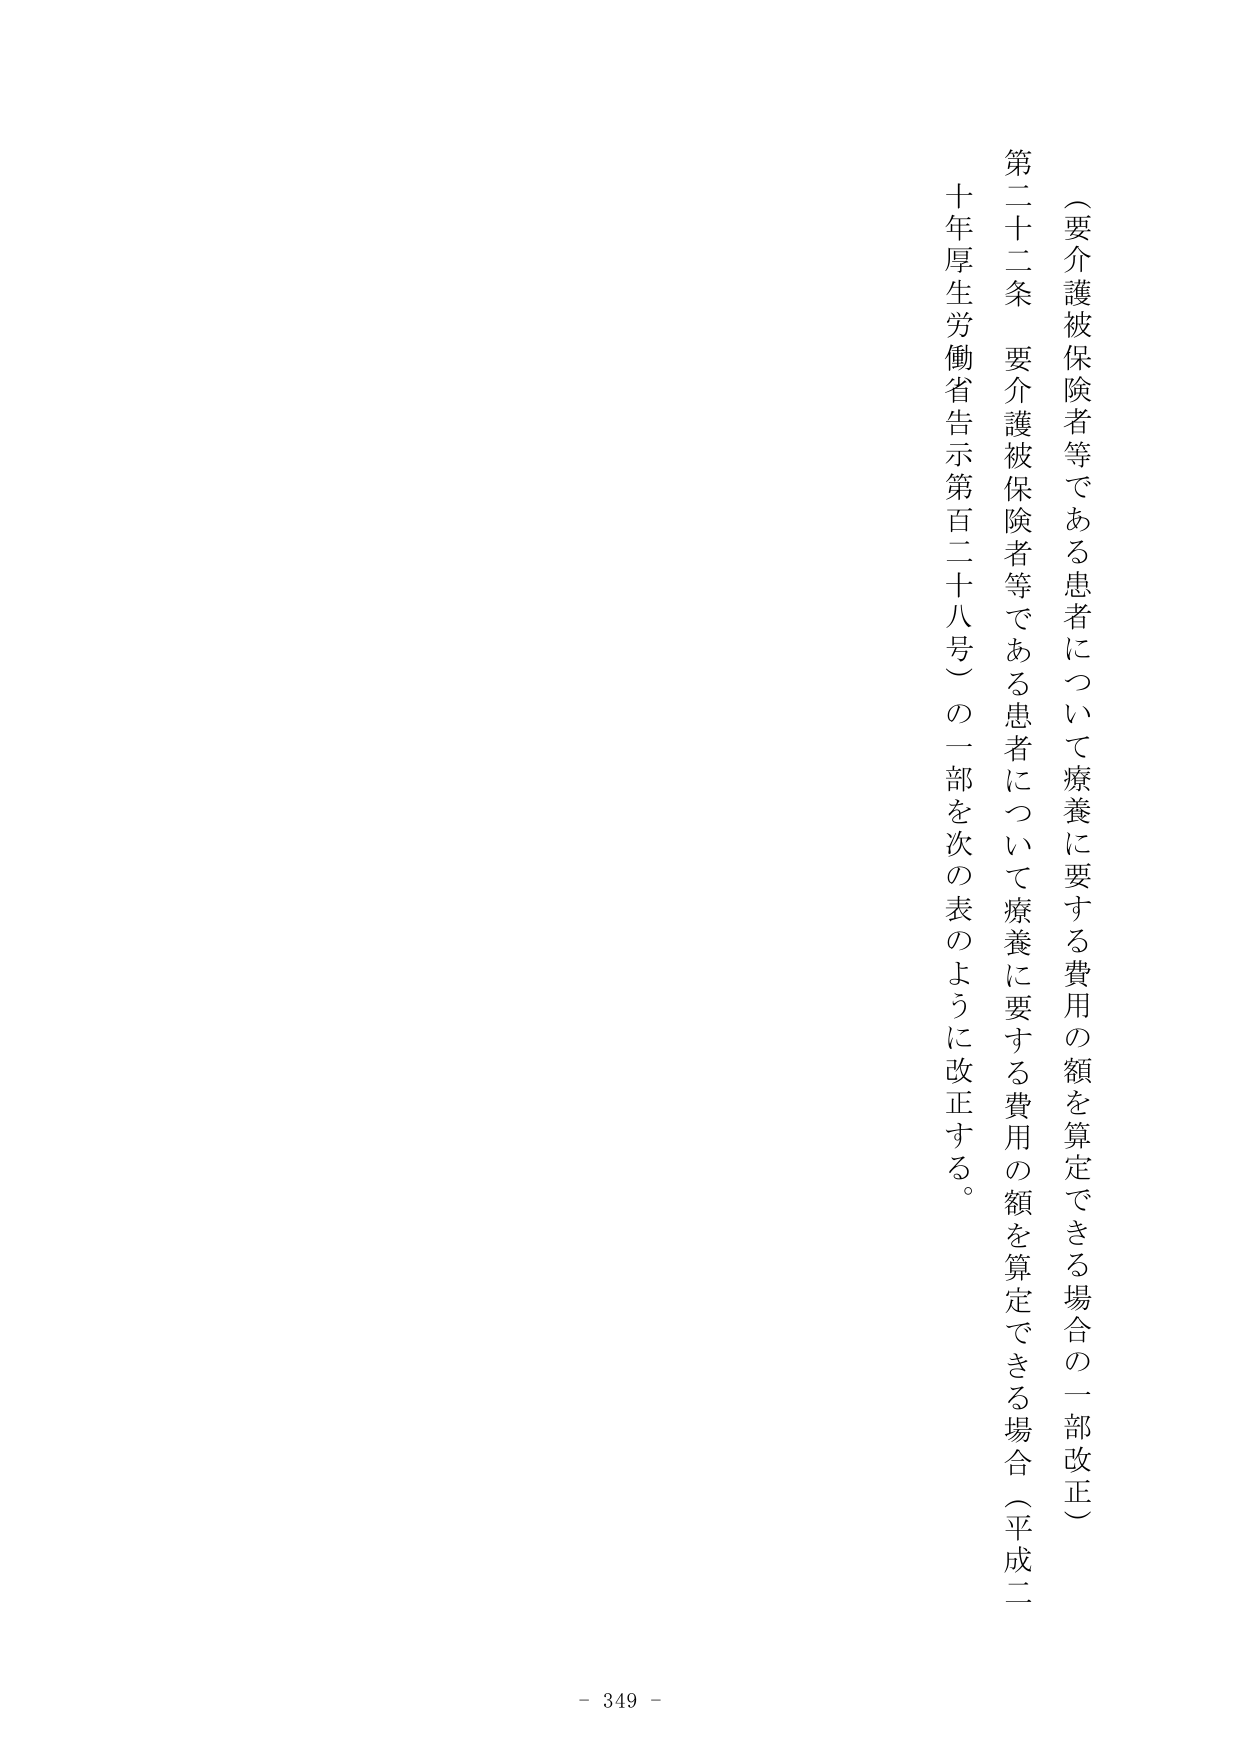
（要介護被保険者等である患者について療養に要する費用の額を算定できる場合の一部改正）

第二十二条　要介護被保険者等である患者について療養に要する費用の額を算定できる場合（平成二
十年厚生労働省告示第百二十八号）の一部を次の表のように改正する。

- 349 -